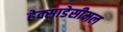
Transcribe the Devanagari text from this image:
हेक्साडेसीमल